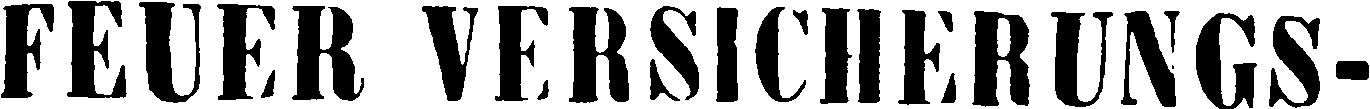
FEUER VERSICHERUNGS-